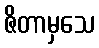
ဇိတာမှသေ